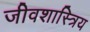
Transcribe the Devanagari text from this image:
जीवशास्त्रिय